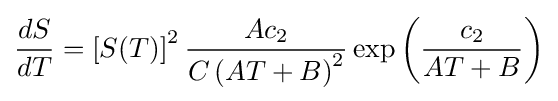
{\frac {dS}{dT}}=\left[S(T)\right]^{2}{\frac {Ac_{2}}{C\left(AT+B\right)^{2}}}\exp \left({\frac {c_{2}}{AT+B}}\right)